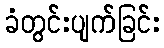
ခံတွင်းပျက်ခြင်း